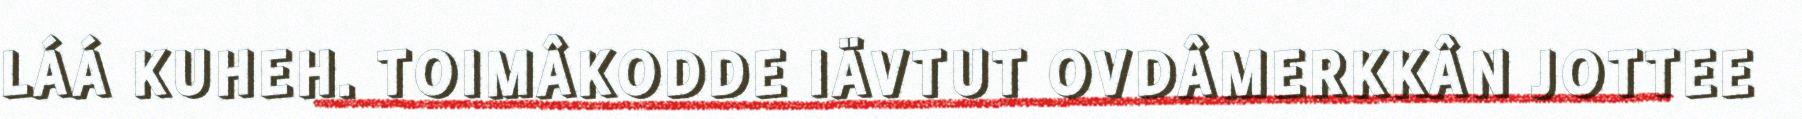
LÁÁ KUHEH. TOIMÂKODDE IÄVTUT OVDÂMERKKÂN JOTTEE